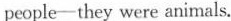
people-they were animals.